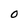
Character: O